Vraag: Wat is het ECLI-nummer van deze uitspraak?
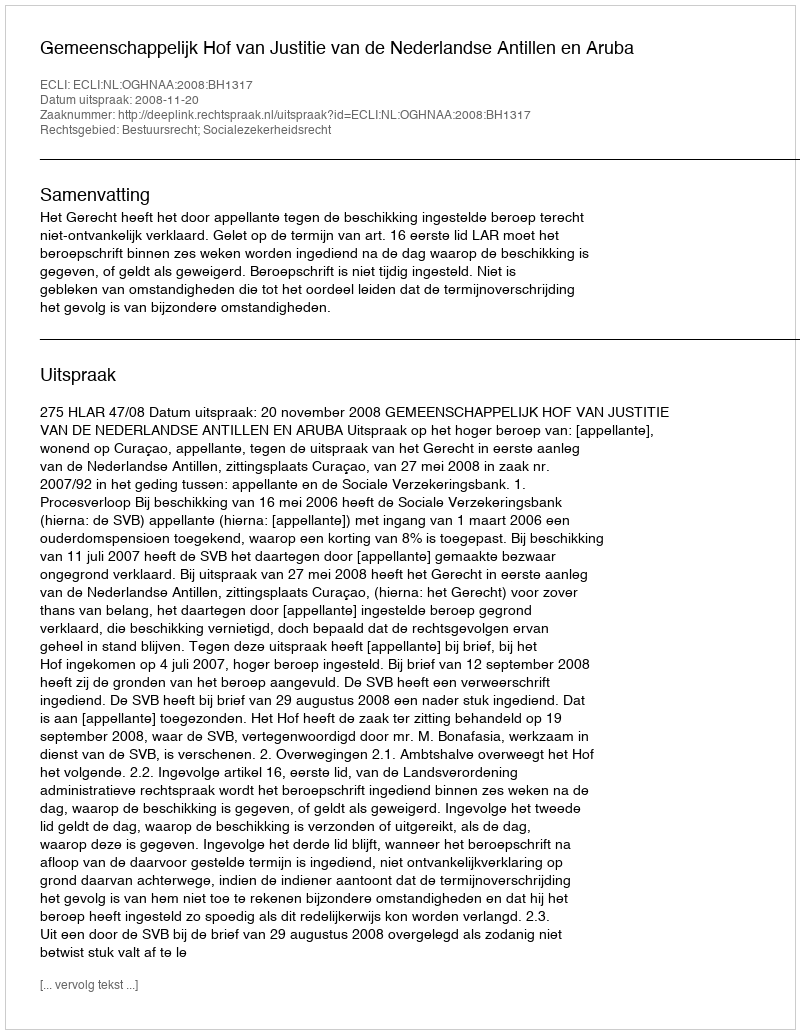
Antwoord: ECLI:NL:OGHNAA:2008:BH1317